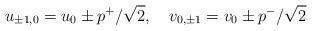
LaTeX: \begin{align*}u_{\pm 1,0}=u_0\pm p^{+}/\sqrt{2},\quad v_{0,\pm 1}=v_0\pm p^{-}/\sqrt{2}\end{align*}